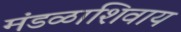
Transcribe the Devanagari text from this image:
मंडळाशिवाय